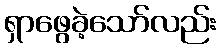
ရှာဖွေခဲ့သော်လည်း